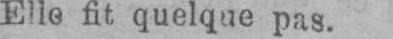
Elle fit quelque pas.